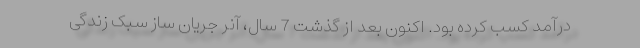
درآمد کسب کرده بود. اکنون بعد از گذشت 7 سال، آنر جریان ساز سبک زندگی